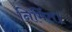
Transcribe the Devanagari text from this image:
निर्मित।